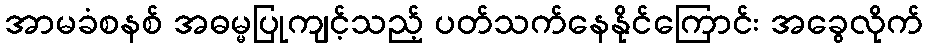
အာမခံစနစ် အဓမ္မပြုကျင့်သည့် ပတ်သက်နေနိုင်ကြောင်း အခွေလိုက်